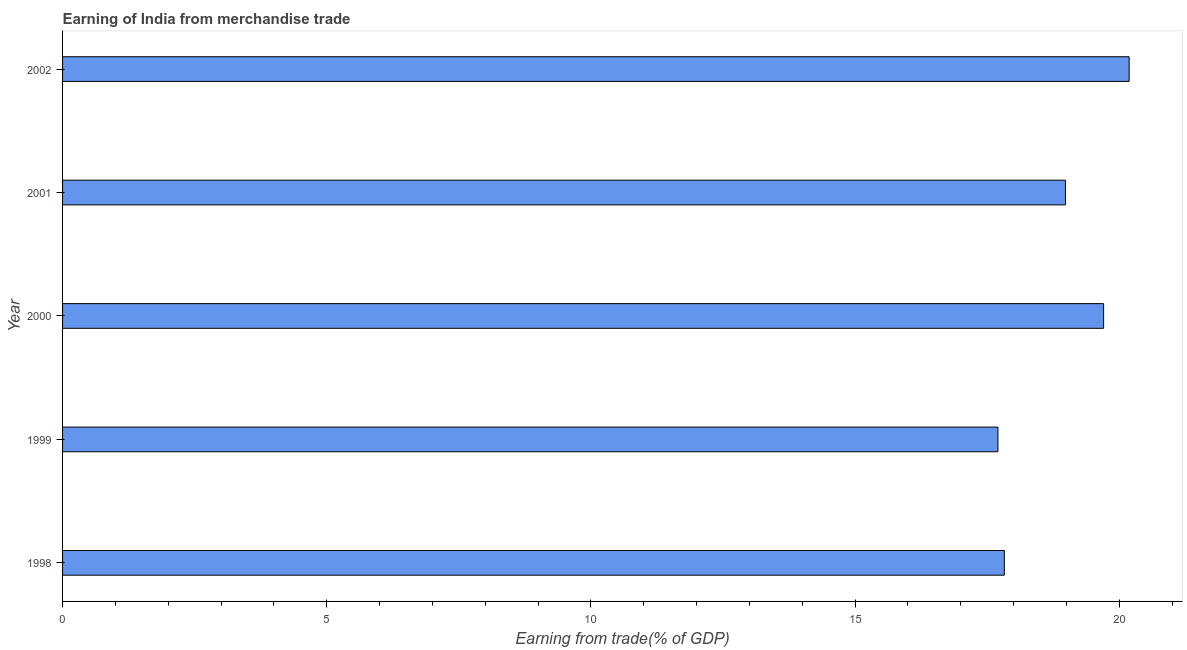
| Year | Merchandise trade |
 | --- | --- |
 | 1998 | 17.8 |
 | 1999 | 17.7 |
 | 2000 | 19.7 |
 | 2001 | 19 |
 | 2002 | 20.2 |